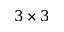
3 \times 3